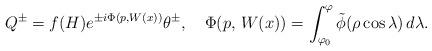
LaTeX: \begin{align*} Q^\pm=f(H)e^{\pm i\Phi(p,W(x))}\theta^\pm, \quad\Phi(p,\,W(x))= \int _{\varphi _0}^\varphi\tilde\phi(\rho\cos\lambda) \, d\lambda .\end{align*}